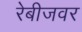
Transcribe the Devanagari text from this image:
रेबीजवर